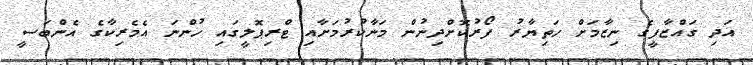
އަދި ގައްޒާފީގެ ނިޒާމަށް ހަތިޔާރު ފޯރުކޮށްދިނުން މަނާކުރުމަށާއި ޓްރިޕޮލީގައި ހުންނަ އެމެރިކާގެ އެންބަސީ